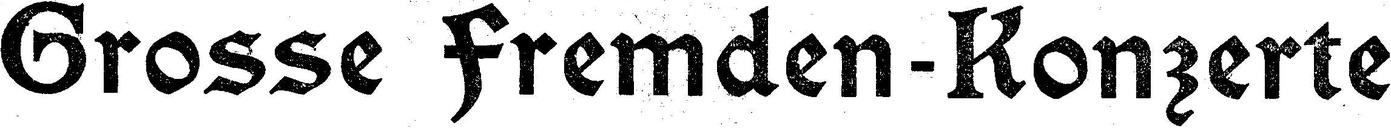
Grosse Fremden-Konzerte